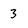
Character: 3